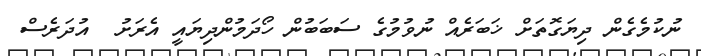
ނުކުމެގެން ދިޔަގޮތަށް ޚަބަރެއް ނުވުމުގެ ސަބަބުން ހޯދަމުންދިޔައީ އެރަށު  އުދަރެސް